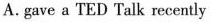
A. gave a TED Talk recently